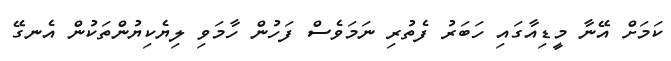
ކަމަށް އޭނާ މީޑިއާގައި ހަބަރު ފެތުރި ނަމަވެސް ފަހުން ހާމަވި ލިޔެކިޔުންތަކުން އެނގޭ